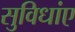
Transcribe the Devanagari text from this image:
सुविधांए